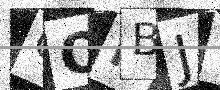
Text: QOMBJV